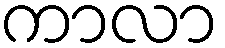
ကာလာ